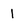
Character: 1